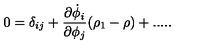
0 = \delta _ { i j } + { \frac { \partial \dot { \phi } _ { i } } { \partial \phi _ { j } } } ( \rho _ { 1 } - \rho ) + . . . . .